Scientific memoirs by medical officers of the Army of India - Part IX,
Year: 1895
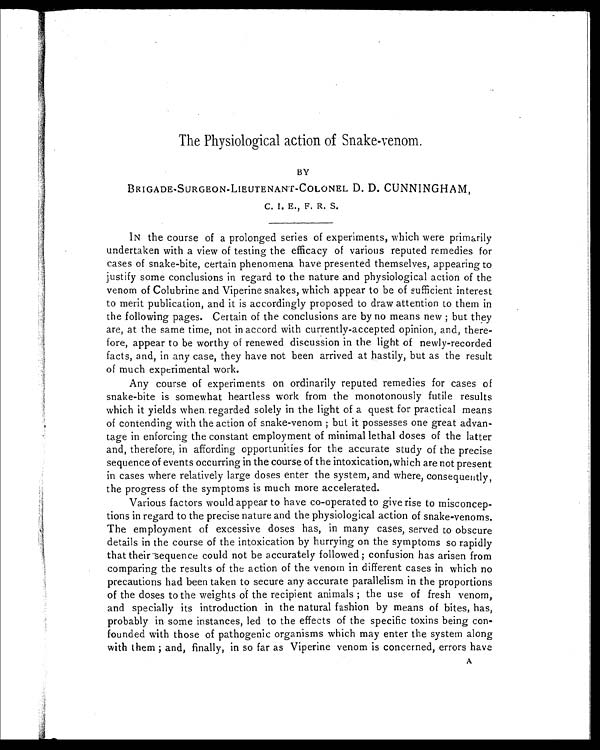
The Physiological action of Snake-venom.
BY
BRIGADE-SURGEON-LIEUTENANT-COLONEL D. D. CUNNINGHAM,
C. I. E., F. R. S.
IN the course of a prolonged series of experiments, which were primarily
undertaken with a view of testing the efficacy of various reputed remedies for
cases of snake-bite, certain phenomena have presented themselves, appearing to
justify some conclusions in regard to the nature and physiological action of the
venom of Colubrine and Viperine snakes, which appear to be of sufficient interest
to merit publication, and it is accordingly proposed to draw attention to them in
the following pages. Certain of the conclusions are by no means new ; but they
are, at the same time, not in accord with currently-accepted opinion, and, there
-fore, appear to be worthy of renewed discussion in the light of newly-recorded
facts, and, in any case, they have not been arrived at hastily, but as the result
of much experimental work.
Any course of experiments on ordinarily reputed remedies for cases of
snake-bite is somewhat heartless work from the monotonously futile results
which it yields when regarded solely in the light of a quest for practical means
of contending with the action of snake-venom ; but it possesses one great advan
-tage in enforcing the constant employment of minimal lethal doses of the latter
and, therefore, in affording opportunities for the accurate study of the precise
sequence of events occurring in the course of the intoxication,which are not present
in cases where relatively large doses enter the system, and where, consequently,
the progress of the symptoms is much more accelerated.
Various factors would appear to have co-operated to give rise to misconcep
-tions in regard to the precise nature and the physiological action of snake-venoms.
The employment of excessive doses has, in many cases, served to obscure
details in the course of the intoxication by hurrying on the symptoms so rapidly
that their sequence could not be accurately followed ; confusion has arisen from
comparing the results of the action of the venom in different cases in which no
precautions had been taken to secure any accurate parallelism in the proportions
of the doses to the weights of the recipient animals ; the use of fresh venom,
and specially its introduction in the natural fashion by means of bites, has,
probably in some instances, led to the effects of the specific toxins being con
-founded with those of pathogenic organisms which may enter the system along
with them ; and, finally, in so far as Viperine venom is concerned, errors have
A